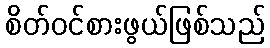
စိတ်ဝင်စားဖွယ်ဖြစ်သည်